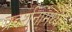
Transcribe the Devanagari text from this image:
प्रदर्शनांमध्ये